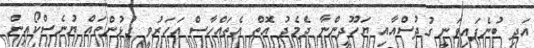
އަދި ބުނެފައިވަނީ ގުދުސްއާއި ޔަހޫދީންނާ ދެމެދު އޮތް އެތައްހާސް އަހަރުވީ ގުޅުންތައް ޔުނެސްކޯއިން